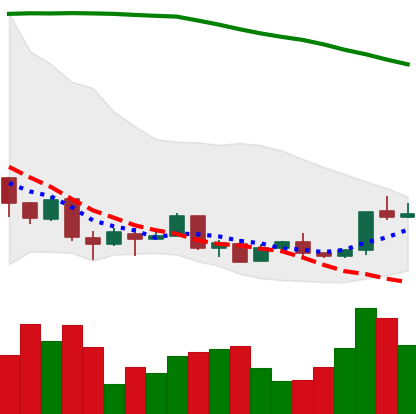
Ticker: XMR-USD
Chart end date: 2018-04-14
Forward return: 25.302%
Label: up_7plus